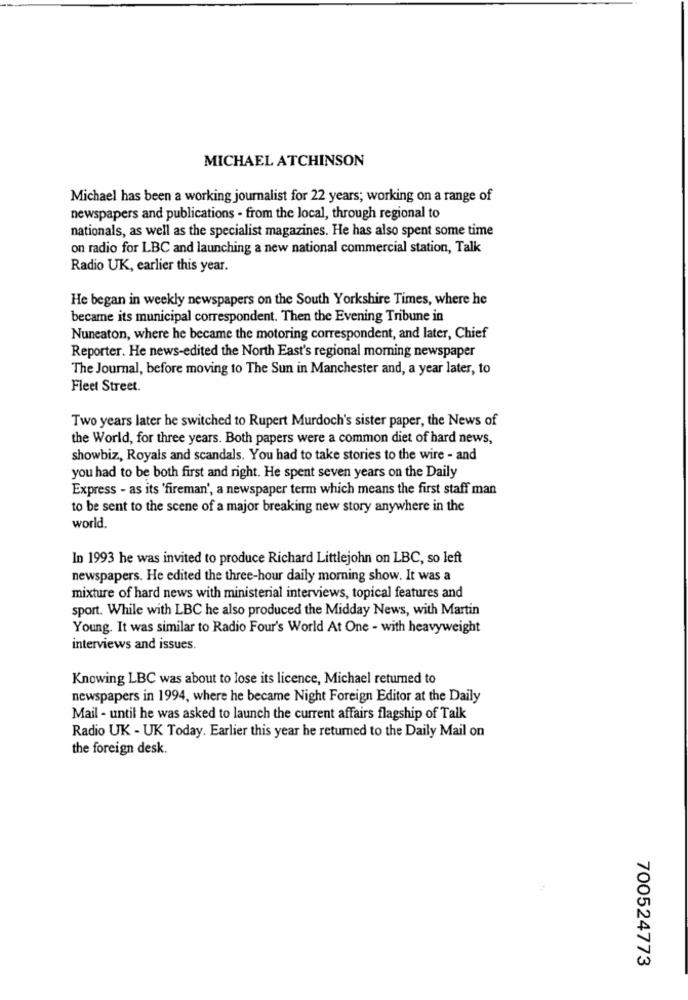
MICHAEL ATCHINSON
Michael has been a working journalist for 22 years; working on a range of
newspapers and publications - from the local, through regional to
nationals, as well as the specialist magazines. He has also spent some time
on radio for LBC and launching a new national commercial station, Talk
Radio UK, earlier this year.
He began in weekly newspapers on the South Yorkshire Times, where he
became its municipal correspondent. Then the Evening Tribune in
Nuneaton, where he became the motoring correspondent, and later, Chief
Reporter. He news-edited the North East's regional morning newspaper
The Journal, before moving to The Sun in Manchester and, a year later, to
Fleet Street.
Two years later he switched to Rupert Murdoch's sister paper, the News of
the World, for three years. Both papers were a common diet of hard news,
showbiz, Royals and scandals. You had to take stories to the wire - and
you had to be both first and right. He spent seven years on the Daily
Express - as its 'fireman', a newspaper term which means the first staff man
to be sent to the scene of a major breaking new story anywhere in the
world.
In 1993 he was invited to produce Richard Littlejohn on LBC, so left
newspapers. He edited the three-hour daily morning show. It was a
mixture of hard news with ministerial interviews, topical features and
sport. While with LBC he also produced the Midday News, with Martin
Young. It was similar to Radio Four's World At One - with heavyweight
interviews and issues.
Knowing LBC was about to lose its licence, Michael returned to
newspapers in 1994, where he became Night Foreign Editor at the Daily
Mail - until he was asked to launch the current affairs flagship of Talk
Radio UK - UK Today. Earlier this year he returned to the Daily Mail on
the foreign desk.
700524773